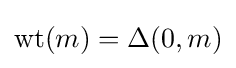
\operatorname {wt} (m)=\Delta (0,m)